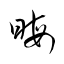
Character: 晦